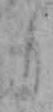
も